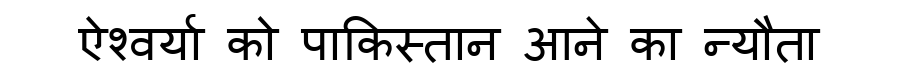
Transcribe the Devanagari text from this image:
ऐश्वर्या को पाकिस्तान आने का न्यौता